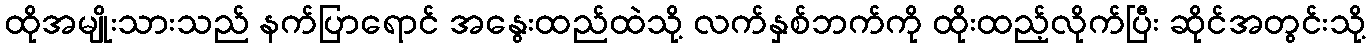
ထိုအမျိုးသားသည် နက်ပြာရောင် အနွေးထည်ထဲသို့ လက်နှစ်ဘက်ကို ထိုးထည့်လိုက်ပြီး ဆိုင်အတွင်းသို့